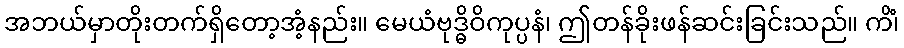
အဘယ်မှာတိုးတက်ရှိတော့အံ့နည်း။ မေယံဗုဒ္ဓိဝိကုပ္ပနံ၊ ဤတန်ခိုးဖန်ဆင်းခြင်းသည်။ ကိံ၊